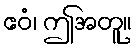
ဧဝံ၊ ဤအတူ။